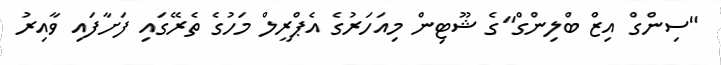
"ސިންގް އިޒް ބްލިންގް"ގެ ޝޫޓިން މިއަހަރުގެ އެޕްރީލް މަހުގެ ތެރޭގައި ފަށާފައި ވާއިރު